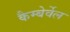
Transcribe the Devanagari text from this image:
कैम्बेर्वेल